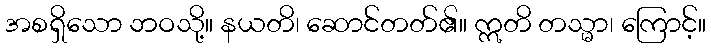
အစရှိသော ဘဝသို့။ နယတိ၊ ဆောင်တတ်၏။ ဣတိ တသ္မာ၊ ကြောင့်။